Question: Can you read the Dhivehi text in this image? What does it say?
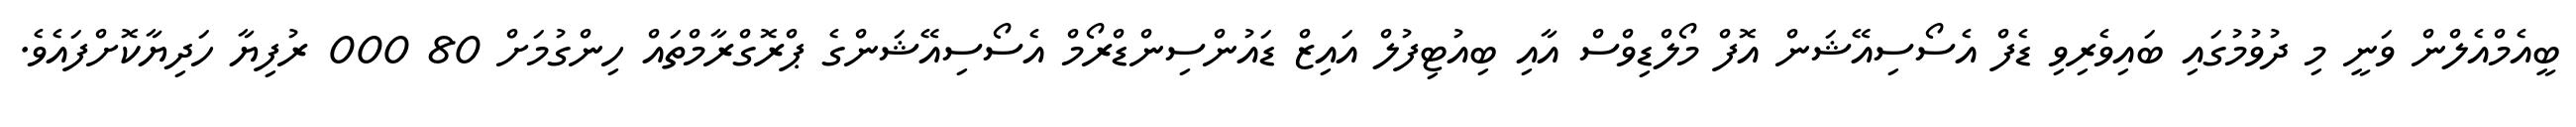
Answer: ބީއެމްއެލްން ވަނީ މި ދުވުމުގައި ބައިވެރިވި ޑެފް އެސޯސިއޭޝަން އޮފް މޯލްޑިވްސް އާއި ބިއުޓިފުލް އައިޒް ޑައުންސިންޑްރޯމް އެސޯސިއޭޝަންގެ ޕްރޮގްރާމްތައް ހިންގުމަށް 80 000 ރުފިޔާ ހަދިޔާކޮށްފައެވެ.